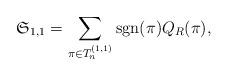
LaTeX: \begin{align*} \mathfrak{S}_{1,1} = \sum_{\pi \in T_n^{(1,1)}} \mathrm{sgn}(\pi) Q_R(\pi),\end{align*}